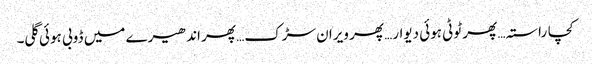
کچا راستہ… پھر ٹوٹی ہوئی دیوار… پھر ویران سڑک… پھر اندھیرے میں ڈوبی ہوئی گلی۔